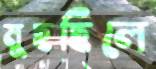
মুছছিলে